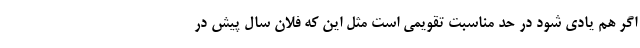
اگر هم یادی شود در حد مناسبت تقویمی است مثل این که فلان سال پیش در